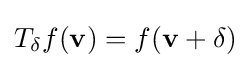
T_{\mathbf {\delta } }f(\mathbf {v} )=f(\mathbf {v} +\mathbf {\delta } )